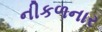
નીકળનાર